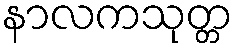
နာလကသုတ္တ